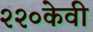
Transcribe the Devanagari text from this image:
२२०केवी